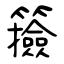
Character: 籡